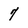
Character: 7